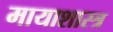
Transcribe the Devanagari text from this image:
मायाशास्त्र